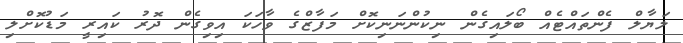
ލަޔާލް ފެންތައްޓެއް ބޯލައިގެން ނިކުންނަނިކޮށް މަފާޒްގެ ވާހަކަ އިވިގެން ދޮރު ކައިރީ މަޑުކޮށްލި